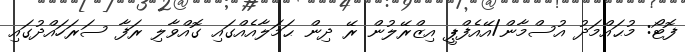
ފޮޓޯ: މުޙައްމަދު އުސްމާން/އޭއެފްޕީ އިޒްރޭލުން ރޭ ދިން ޙަމަލާއެއްގައި ގޮއްވާލި ރަފާ ސަރަހައްދުގައި